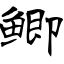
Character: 鲫